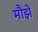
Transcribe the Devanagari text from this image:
मौझे